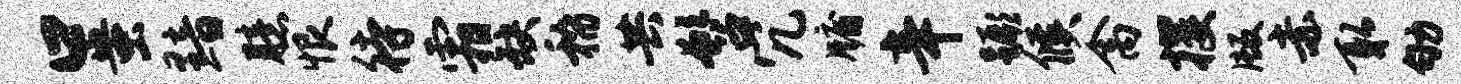
口蚩黯臆恨待霜缺稽共髫冗牖辛蹶候禽攫版赤取劬